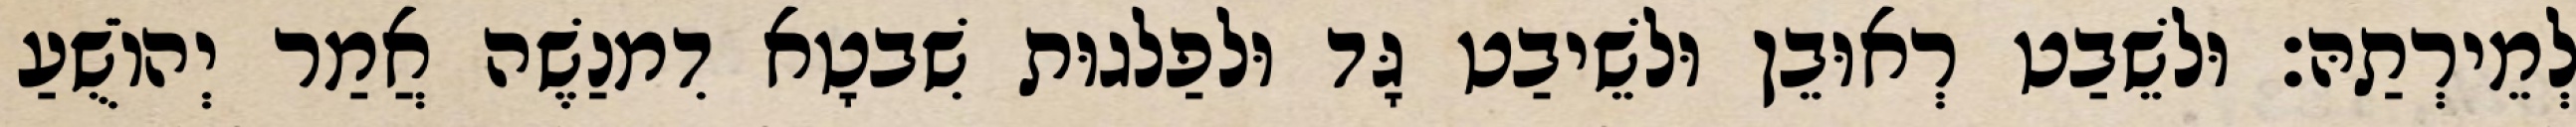
לְמֵירְתַהּ׃ וּלשֵׁבַט רְאוּבֵן וּלשֵׁיבַט גָּד וּלפַלגוּת שִׁבטָא דִמנַשֶׁה אֲמַר יְהוֹשֻׁעַ